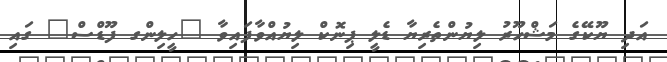
އަދި ޔޫކޭގެ މަޝްހޫރު ލިޔުންތެރިޔާ ޑެލީ ޕިނޮކް ލިޔުއްވާފައިވާ "ހީލިންގ ފޫޑްސް" ގައި